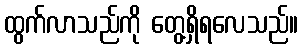
ထွက်လာသည်ကို တွေ့ရှိရလေသည်။